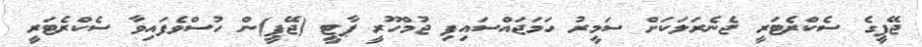
ޖޭޕީގެ ސެކްރެޓަރީ ޖެނެރަލަކަށް ސަމީރު ހަމަޖައްސައިފި ޖުމްހޫރީ ޕާޓީ (ޖޭޕީ)ން ހުސްވެފައިވާ ސެކްރެޓަރީ